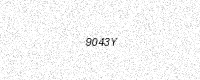
Text: 9043Y